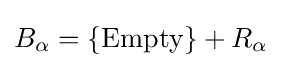
B_{\alpha }=\{\mathrm {Empty} \}+R_{\alpha }